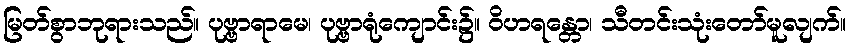
မြတ်စွာဘုရားသည်။ ပုဗ္ဗာရာမေ၊ ပုဗ္ဗာရုံကျောင်း၌။ ဝိဟရန္တော၊ သီတင်းသုံးတော်မူလျက်။